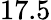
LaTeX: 17.5